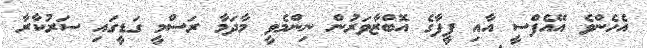
އެހެންވެ އޭއެފްސީ އާއި ފީފާގެ އޮބްޒާވަރުން ނިންމެވީ މާދަމާ ރަސްމީ ގަޑީގައި ސަރުކާރާ